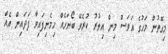
މިގޮތުން މަހުގެ އަވަސް މިން އިތުރު ކުރެވޭ ބޯނަހެއް ހިމެނިފައިވާ ފަދައިން އެއް